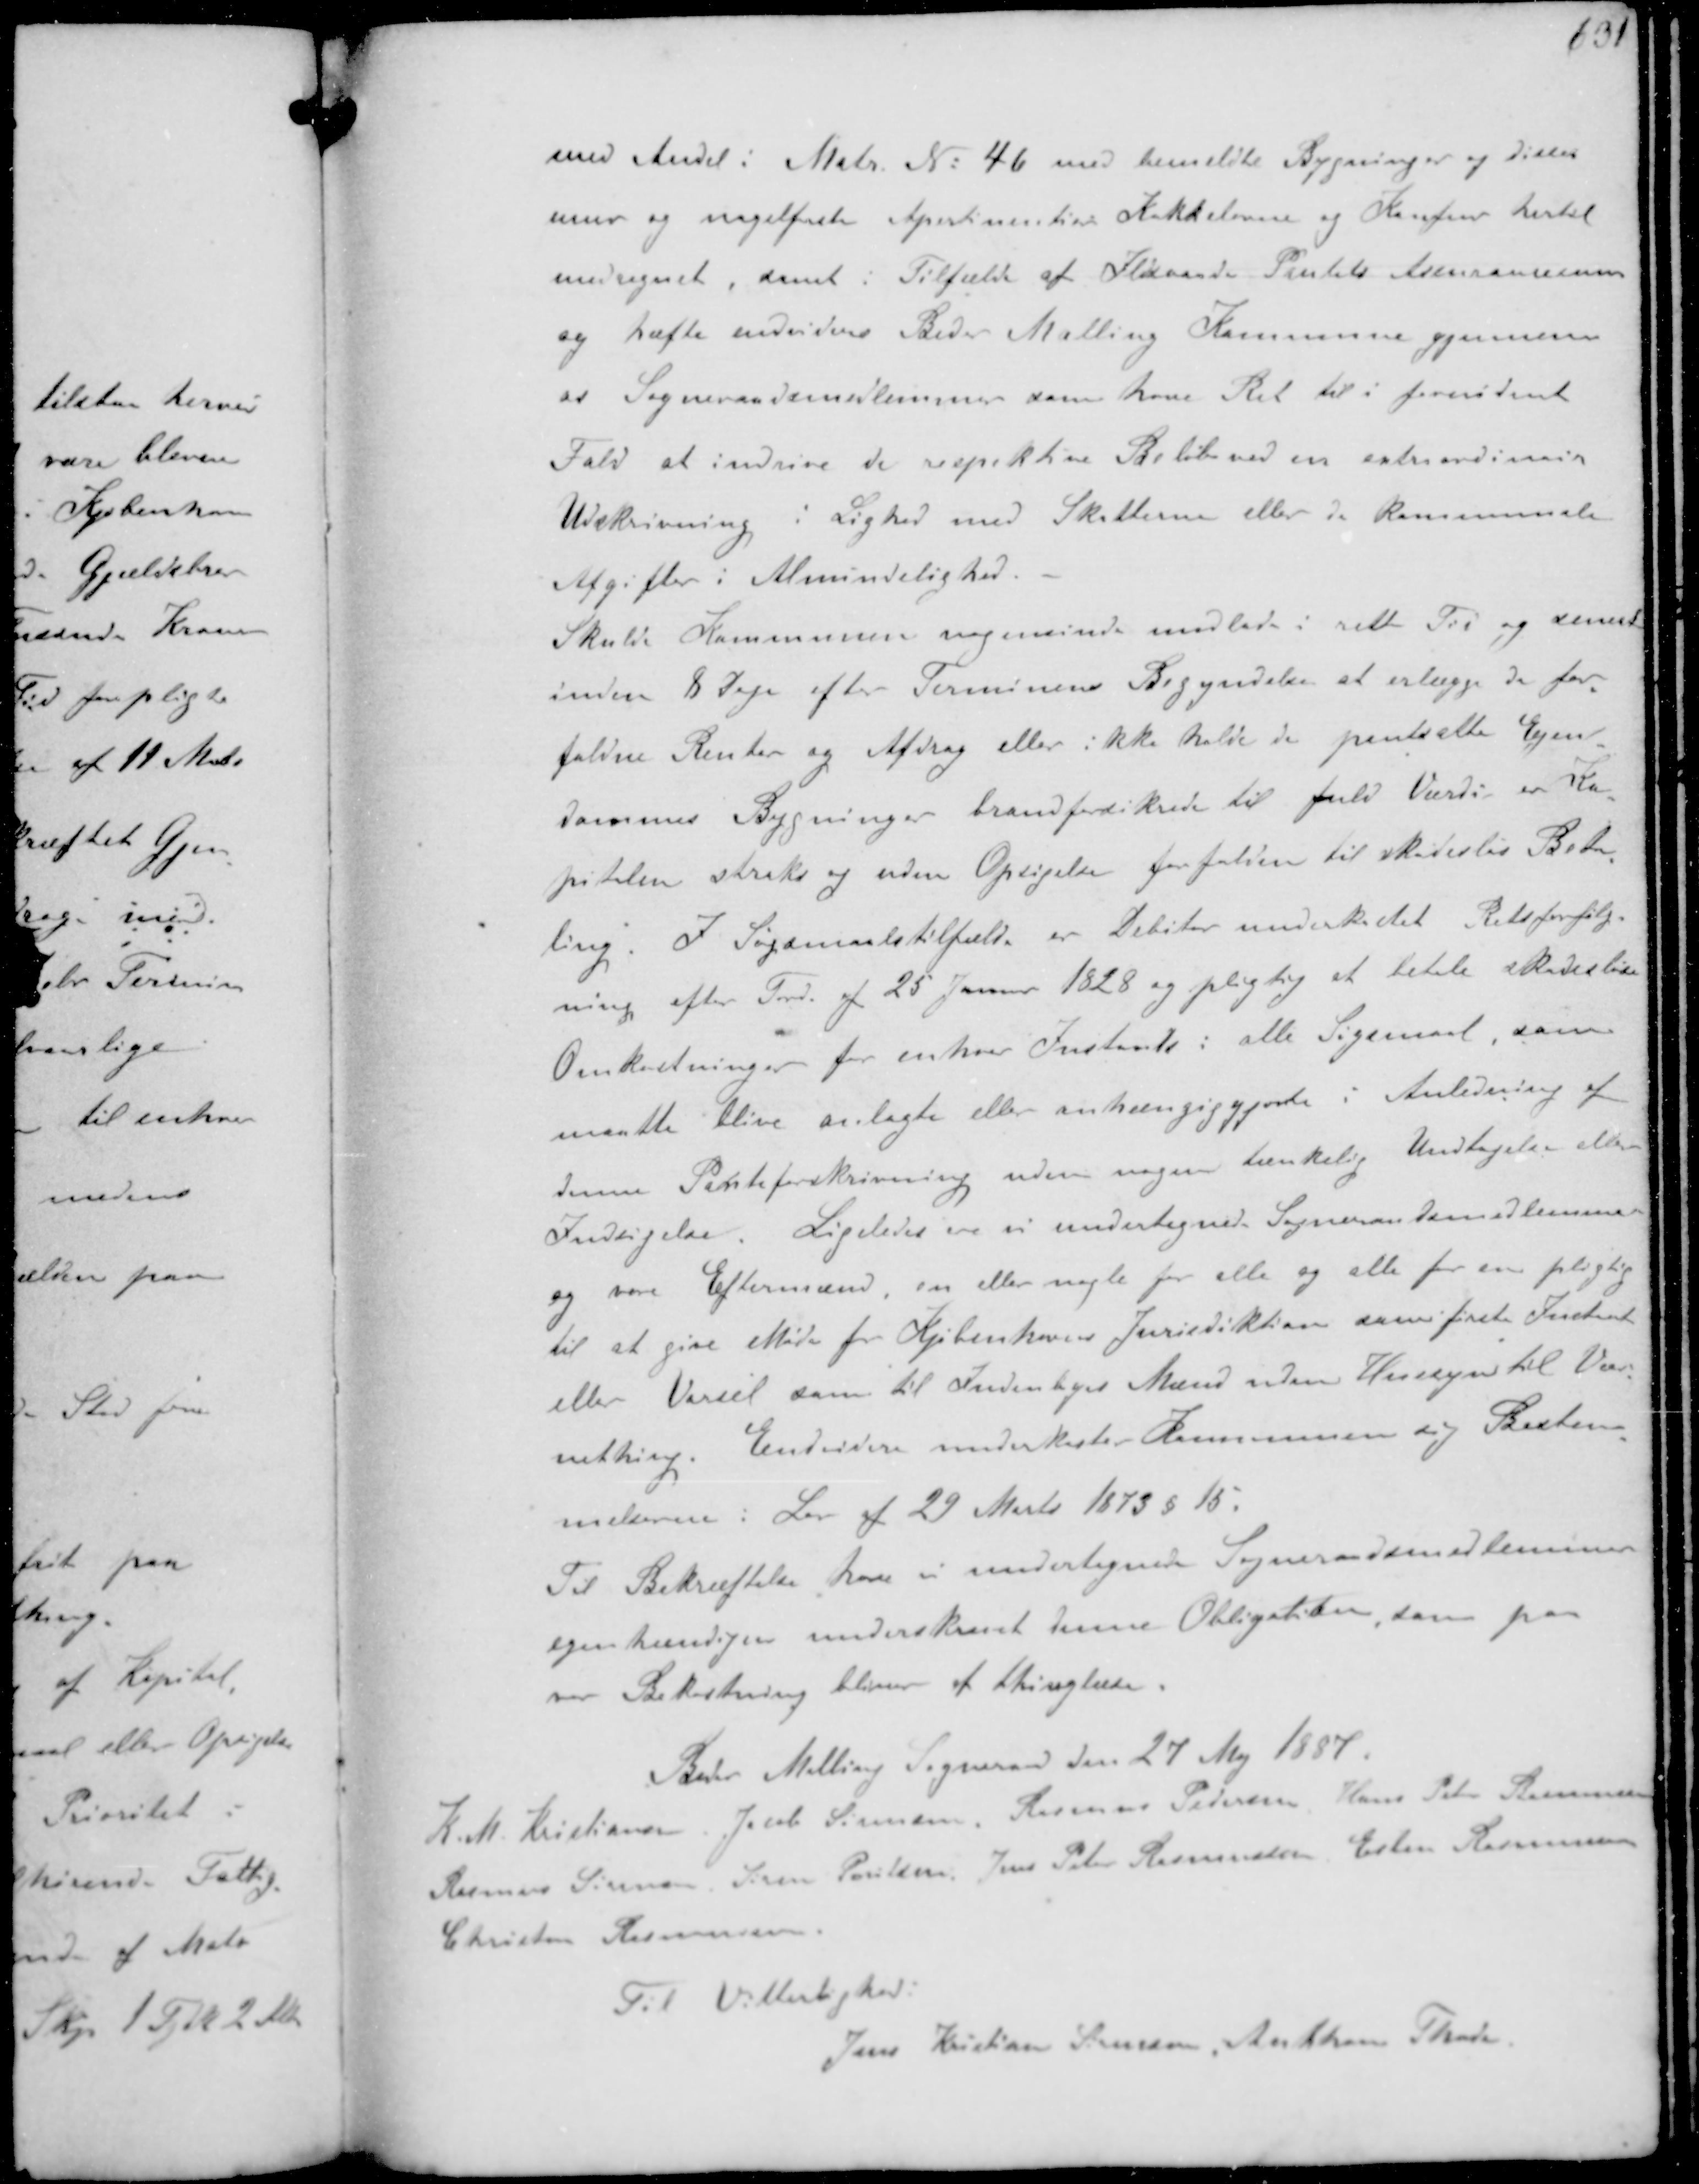
Transskription:
med Andel i Matr. No 46 med bemeldte Bygninger og disses
mur og nagelfaste Apertimentier Kakkelovne og Konfuer hertil
medregnet samt i Tilfælde af Ildvaade Pantets Assurancesum
og hæfte endvidere Beder Malling Kommune gjennem
at Sogneraadsmedlemmerne kan have Ret til i fornødent
Fald at indrive de respektive Beløb ved en extraordinær
Udskrivning i Lighed med Skatterne eller i kommunale
Afgifter i Almindelighed.
Skulde Kommunen nogensinde undlade i rette Tid og dermed
inden 8 Dage efter Terminens Begyndelse at erlægge de for-
faldne Renter og Afdrag eller ikke holde de pantsatte Ejen-
dommes Bygninger brandforsikrede til fuld Værdi er Ka-
pitalen straks og uden Opsigelse forfalden til skadesløs Beta-
ling. I Søgemaalstilfælde er Debitor underkastet Retsforfølg-
ning efter Ford. af 25 Januar 1828 og pligtig at betale skadesløse
Omkostninger for enhver Instands i alle Søgsmaal, som
maatte blive anlagte eller anhængiggjorte i Anledning af
denne Panteforskrivning uden nogen tænkelig Undtagelse eller
Indsigelse. Ligeledes er i undertegnede Sogneraadsmedlemmer
og vore Eftermænd, en eller nogle for alle og alle for en pligtig
til at give Møde for Kjøbenhavns Jurisdiktion som første Instands
eller Varsel som til Indenrigs Mænd uden Hensyn til Vær-
nething. Endvidere underkaste Kommunen sig Bestem-
melserne i Lov af 29 Marts 1873 § 15
Til Bekræftelse have vi undertegnede Sogneraadsmedlemmer
egenhændigen underskrevet en Obligation, som på
vor Bekostning bliver af thinglæse
Beder Malling Sogneraad den 27 Maj 1887.
K. M. Kristiansen Jacob Sørensen, Rasmus Pedersen Hans Peter Rasmussen
Rasmus Sørensen Søren Poulsen, Jens Peter Rasmussen Espen Rasmusen
Christen Rasmussen
Til Vitterlighed.
Jens Kristian Sørensen Anthon Thade